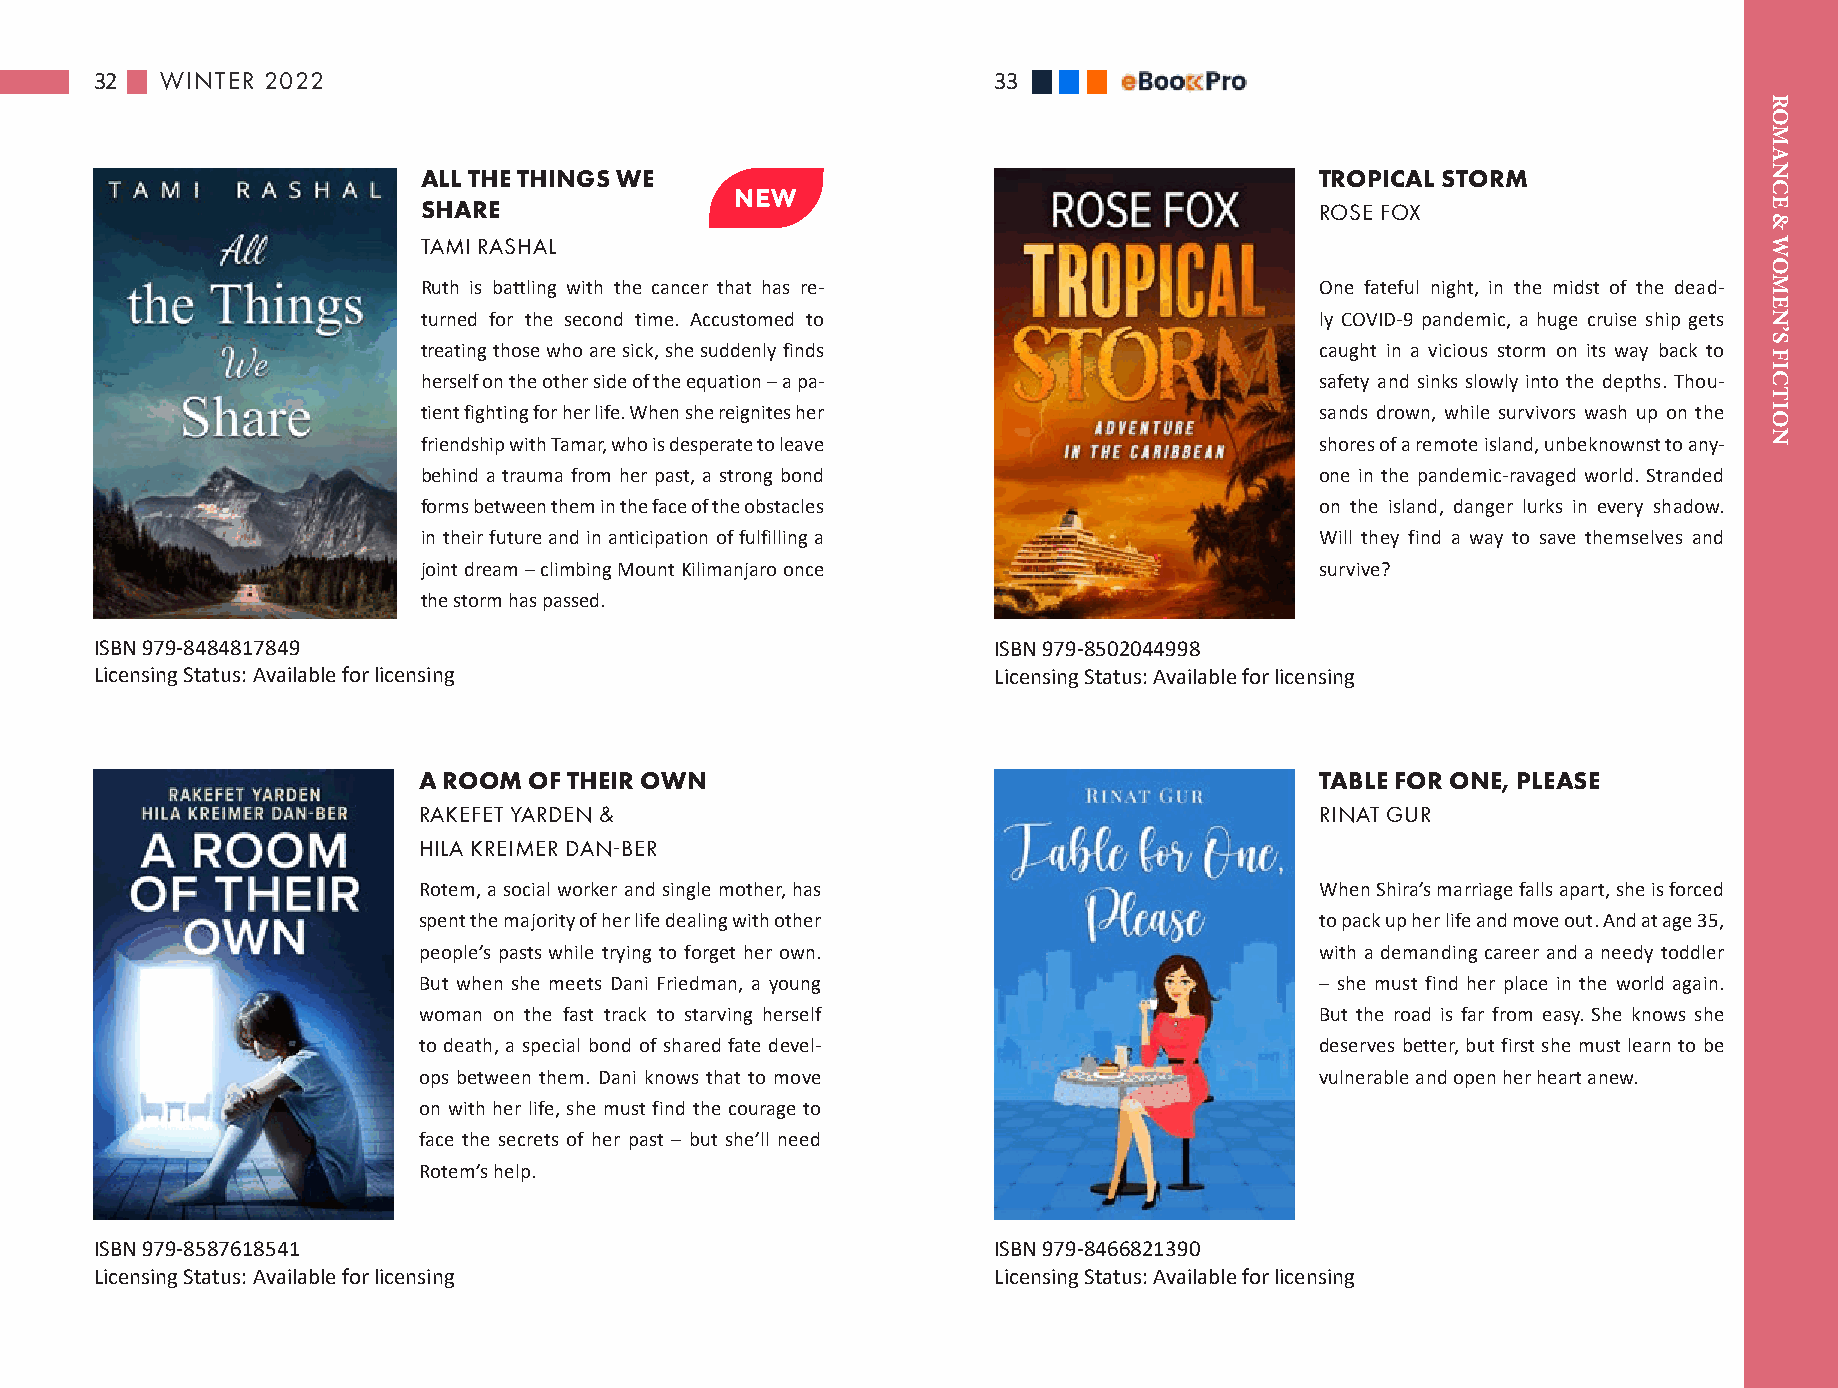
32   WINTER 2022                                            33
 ALL THE THINGS WE                                          TROPICAL STORM
 SHARE                                                      ROSE FOX
 TAMI RASHAL
 Ruth is battling with the cancer that has re-              One fateful night, in the midst of the dead-
 turned for the second time. Accustomed to                  ly COVID-9 pandemic, a huge cruise ship gets
 treating those who are sick, she suddenly finds            caught in a vicious storm on its way back to
 herself on the other side of the equation – a pa-          safety and sinks slowly into the depths. Thou-
 tient fighting for her life. When she reignites her        sands drown, while survivors wash up on the
 friendship with Tamar, who is desperate to leave           shores of a remote island, unbeknownst to any-
 behind a trauma from her past, a strong bond               one in the pandemic-ravaged world. Stranded
 forms between them in the face of the obstacles            on the island, danger lurks in every shadow.
 in their future and in anticipation of fulfilling a        Will they find a way to save themselves and
 joint dream – climbing Mount Kilimanjaro once              survive?
 the storm has passed.
 ISBN 979-8484817849                                         ISBN 979-8502044998
 Licensing Status: Available for licensing                   Licensing Status: Available for licensing
 A ROOM OF THEIR OWN                                        TABLE FOR ONE, PLEASE
 RAKEFET YARDEN &                                           RINAT GUR
 HILA KREIMER DAN-BER
 Rotem, a social worker and single mother, has              When Shira’s marriage falls apart, she is forced
 spent the majority of her life dealing with other          to pack up her life and move out. And at age 35,
 people’s pasts while trying to forget her own.             with a demanding career and a needy toddler
 But when she meets Dani Friedman, a young                  – she must find her place in the world again.
 woman on the fast track to starving herself                But the road is far from easy. She knows she
 to death, a special bond of shared fate devel-             deserves better, but first she must learn to be
 ops between them. Dani knows that to move                  vulnerable and open her heart anew.
 on with her life, she must find the courage to
 face the secrets of her past – but she’ll need
 Rotem’s help.
 ISBN 979-8587618541                                         ISBN 979-8466821390
 Licensing Status: Available for licensing                   Licensing Status: Available for licensing
 ROMANCE
 &
 WOMEN’S
 FICTION